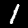
Digit: 1